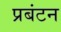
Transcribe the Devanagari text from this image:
प्रबंटन